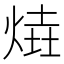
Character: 𤋑